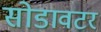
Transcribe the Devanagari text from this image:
सोडावटर